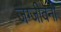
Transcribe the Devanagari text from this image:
जग्जीवनी